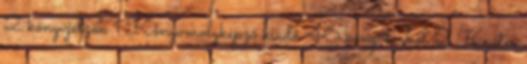
2 könyvjelzők 1 Könyvmolyképző kiadó 46 könyvtárból 2 Kráter